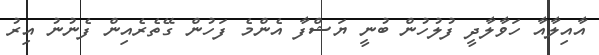
އާއިލާއާ ހަވާލާދީ ފުލުހުން ބުނީ ޔަޝްފާ އެންމެ ފަހުން ގޭތެރެއިން ފެނުނު އިރު